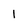
Character: l